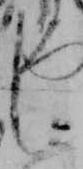
し